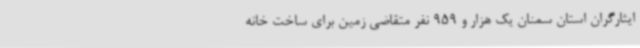
ایثارگران استان سمنان یک هزار و 959 نفر متقاضی زمین برای ساخت خانه